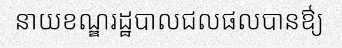
នាយខណ្ឌរដ្ឋបាលជលផលបានឳ្យ